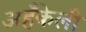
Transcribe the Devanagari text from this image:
अहँकेली